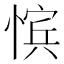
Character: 𪬚